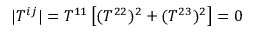
| T ^ { i j } | = T ^ { 1 1 } \left[ ( T ^ { 2 2 } ) ^ { 2 } + ( T ^ { 2 3 } ) ^ { 2 } \right] = 0